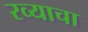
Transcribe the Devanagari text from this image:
रव्याचा